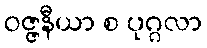
ဝဇ္ဇနီယာ စ ပုဂ္ဂလာ